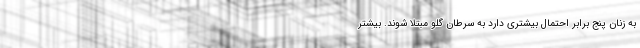
به زنان پنج برابر احتمال بیشتری دارد به سرطان گلو مبتلا شوند. بیشتر